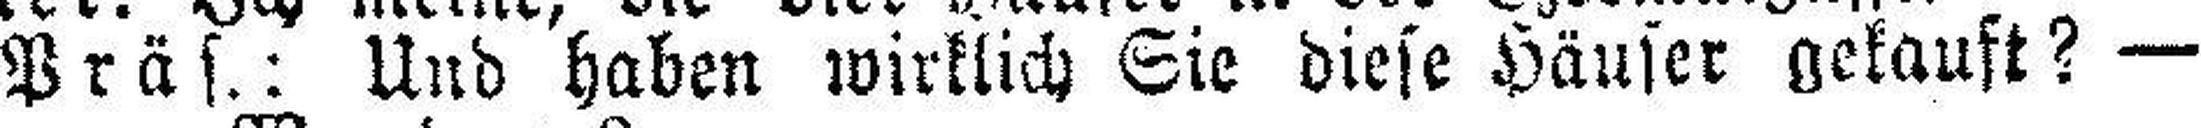
Präs.: Und haben wirklich Sie diese Häuser gekauft? —